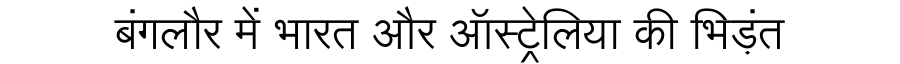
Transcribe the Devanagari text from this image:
बंगलौर में भारत और ऑस्ट्रेलिया की भिड़ंत